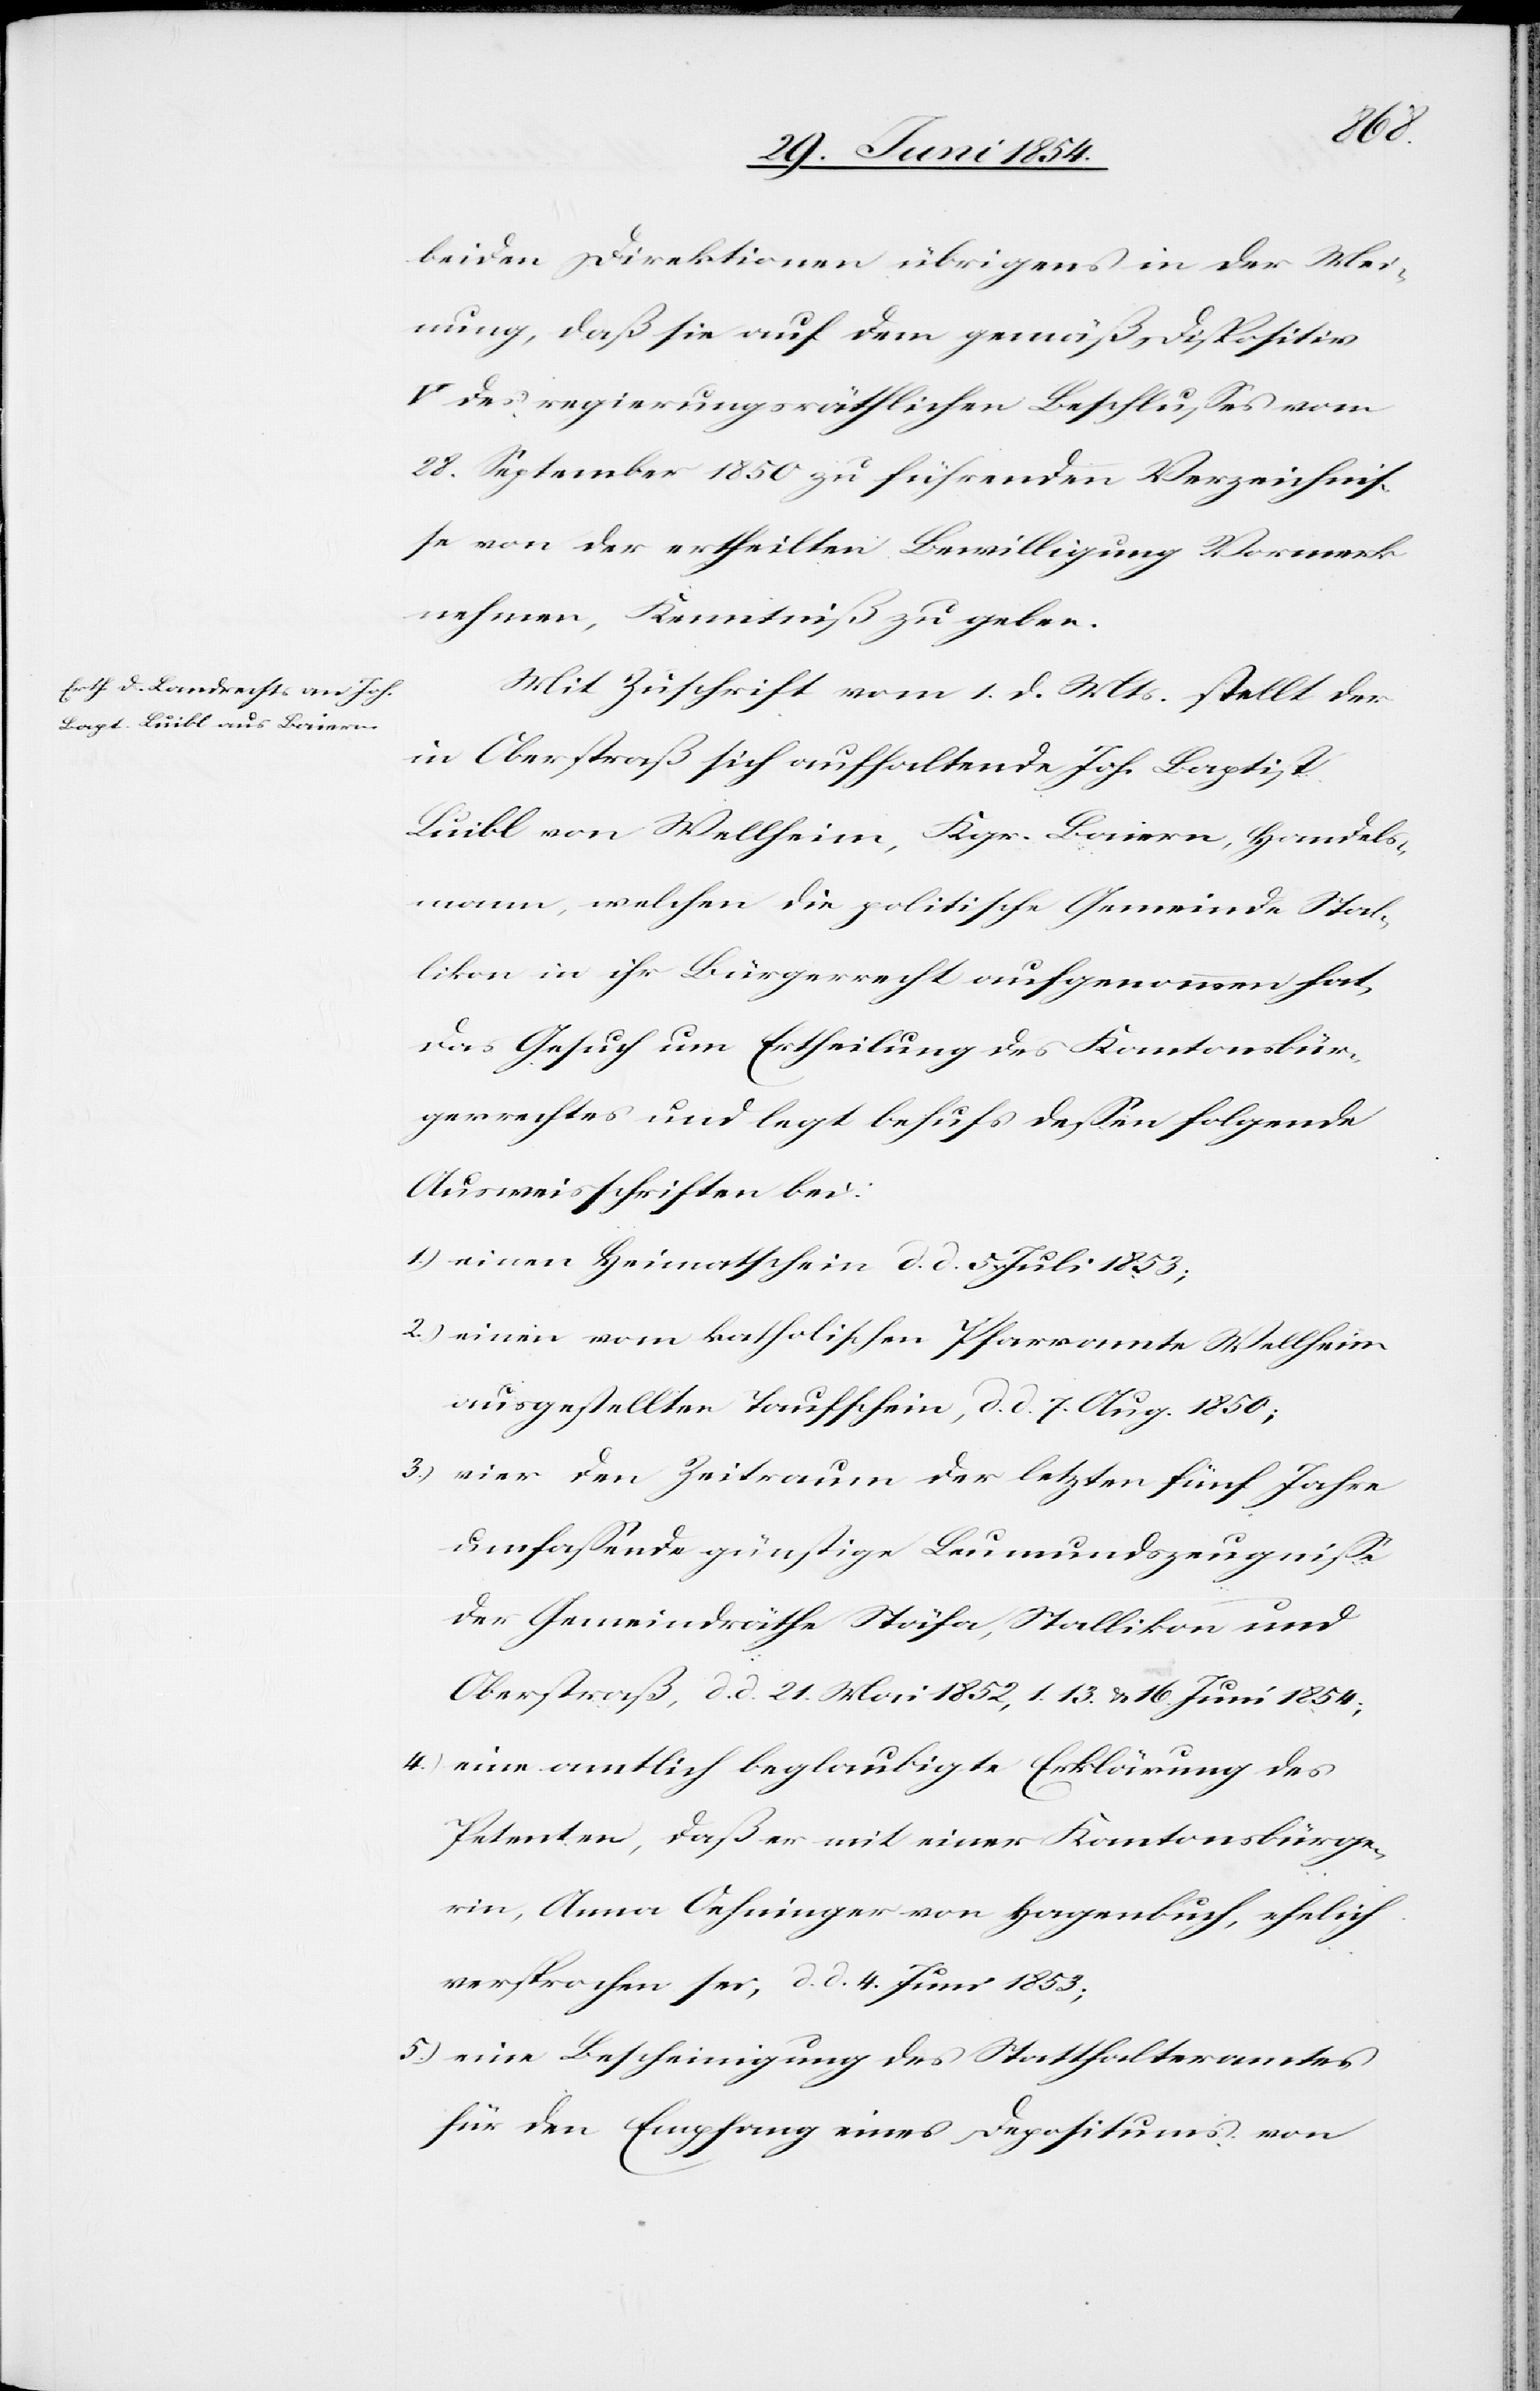
beiden Direktionen übrigens in der Mei¬
nung, daß sie auf dem gemäß Dispositiv
V des regierungsräthlichen Beschlußes vom
28. September 1850 zu führenden Verzeichniß¬
e von der ertheilten Bewilligung Vormerkung
nehmen, Kenntniß zu geben.
Mit Zuschrift vom 1. d. Mts. stellt der
in Oberstraß sich aufhaltende Joh. Baptist
Luibl von Wellheim, Kgr. Baiern, Handels¬
mann, welchen die politische Gemeinde Stal¬
likon in ihr Bürgerrecht aufgenommen hat,
das Gesuch um Ertheilung des Kantonsbür¬
gerrechtes und legt behufs deßen folgende
Ausweisschriften bei:
1.) einen Heimatschein d. d. 5. Juli 1853;
2.) einen vom katholischen Pfarramte Wellheim
ausgestellten Taufschein, d. d. 7. Aug. 1850;
3.) vier den Zeitraum der letzten fünf Jahre
umfaßende günstige Leumundszeugniße
der Gemeindräthe Stäfa, Stallikon und
Oberstraß, d. d. 21. Mai 1852, 1.[,] 13. u. 16. Juni 1854;
4.) eine amtlich beglaubigte Erklärung des
Petenten, daß er mit einer Kantonsbürge¬
rin, Anna Oehninger von Hagenbuch, ehelich
versprochen sei, d. d. 4. Juni 1853;
5.) eine Bescheinigung des Statthalteramtes
für den Empfang eines Depositums von